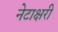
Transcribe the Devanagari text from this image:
नेटाक्षरी